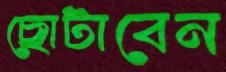
ছোটাবেন